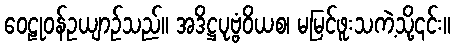
ဝေဠုဝန်ဥယျာဉ်သည်။ အဒိဋ္ဌပုဗ္ဗံဝိယစ၊ မမြင်ဖူးသကဲ့သို့၎င်း။